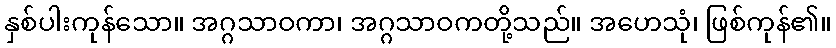
နှစ်ပါးကုန်သော။ အဂ္ဂသာဝကာ၊ အဂ္ဂသာဝကတို့သည်။ အဟေသုံ၊ ဖြစ်ကုန်၏။